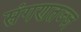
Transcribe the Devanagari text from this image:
संगणतज्ज्ञ